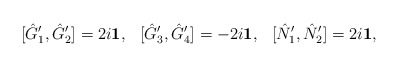
\begin{align*}[\hat{G}_{1}^{\prime},\hat{G}_{2}^{\prime}]=2i{\bf 1}, \hspace{0.3cm}[\hat{G}_{3}^{\prime},\hat{G}_{4}^{\prime}]=-2i{\bf 1},\hspace{0.3cm}[\hat{N}_{1}^{\prime},\hat{N}_{2}^{\prime}]=2i{\bf 1}, \end{align*}